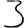
Digit: 3